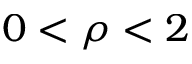
0 < \rho < 2